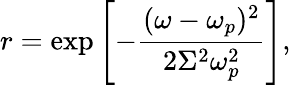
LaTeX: r=\exp\left[-\frac{(\omega-\omega_{p})^{2}}{2\Sigma^{2}\omega_{p}^{2}}\right],